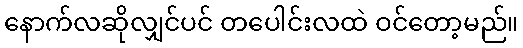
နောက်လဆိုလျှင်ပင် တပေါင်းလထဲ ဝင်တော့မည်။